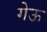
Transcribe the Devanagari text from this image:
गेऊ